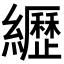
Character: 𦇔